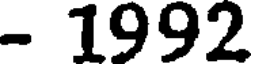
- 1992